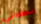
سعادتي